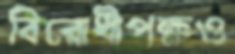
বিরোধীপক্ষও